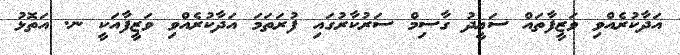
އަދާކުރެއްވި ވަޒީފާތައް ސަޢީދު ގާސިމް ސަރުކާރުގައި ފުރަތަމަ އަދާކުރެއްވި ވަޒީފާއަކީ ނ. އަތޮޅު